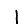
Digit: 1